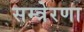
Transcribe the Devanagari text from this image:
सम्त्रेरणा